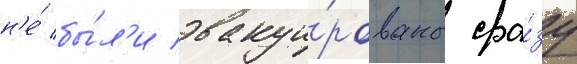
н'е́ бы́л'и эвакуи́рованы сра́зу